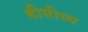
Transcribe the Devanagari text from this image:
बीसीस्थ